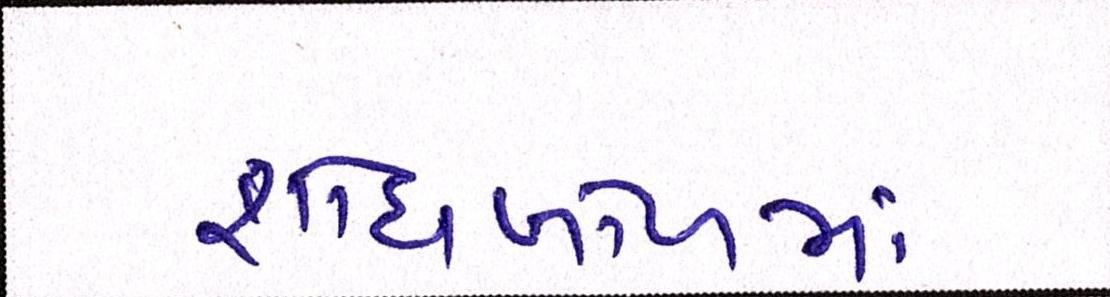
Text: શોધખોળમાં